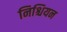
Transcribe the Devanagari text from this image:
निश्चियन